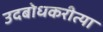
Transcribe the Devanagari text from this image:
उदबोधकरीत्या